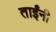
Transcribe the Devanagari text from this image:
ताईंनी